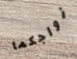
زواجكما